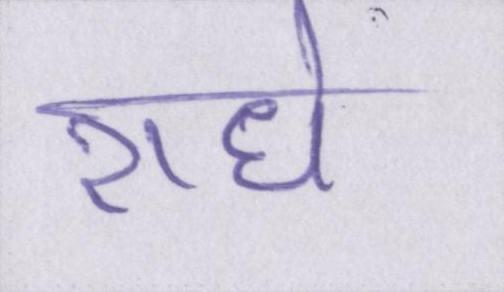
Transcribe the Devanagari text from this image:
राधे